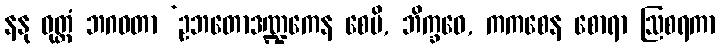
နနု ဝုတ္တံ ဘဂဝတာ ‘ဥဘတောဒဏ္ဍကေန စေပိ, ဘိက္ခဝေ, ကကစေန စောရာ ဩစရကာ